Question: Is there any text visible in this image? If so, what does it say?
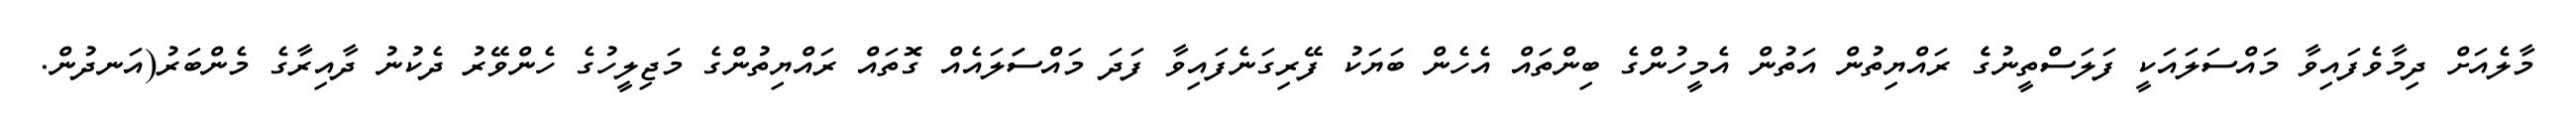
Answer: މާލެއަށް ދިމާވެފައިވާ މައްސަލައަކީ ފަލަސްތީނުގެެ ރައްޔިތުން އަތުން އެމީހުންގެ ބިންތައް އެހެން ބަޔަކު ފޭރިގަނެފައިވާ ފަދަ މައްސަަލައެއް ގޮތައް ރައްޔިތުންގެ މަޖިލީހުގެ ހެންވޭރު ދެކުނު ދާއިރާގެ މެންބަރު(އަނދުން.